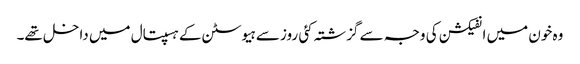
وہ خون میں انفیکشن کی وجہ سے گزشتہ کئی روز سے ہیوسٹن کے ہسپتال میں داخل تھے۔